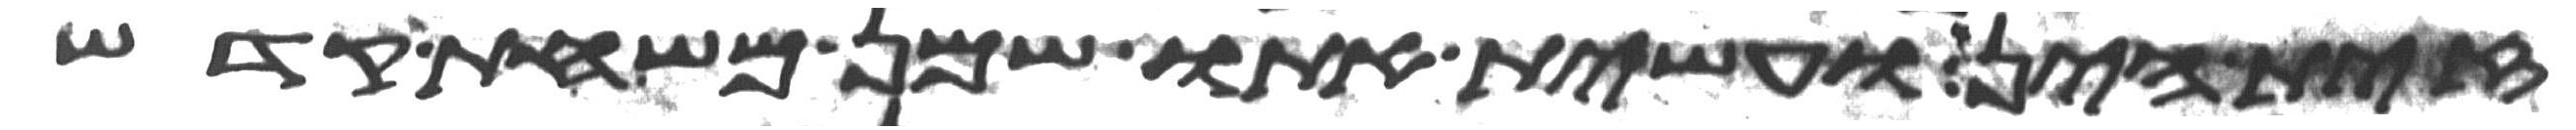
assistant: זית הין ועשית אתו שמן משחת קדש